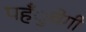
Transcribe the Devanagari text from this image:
पहँुचेगी